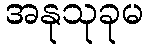
အနုသုခုမ